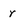
Character: r